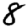
Digit: 8